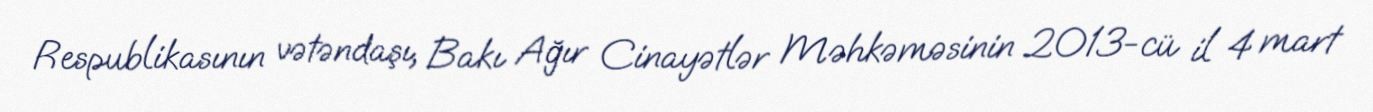
Respublikasının vətəndaşı, Bakı Ağır Cinayətlər Məhkəməsinin 2013-cü il 4 mart